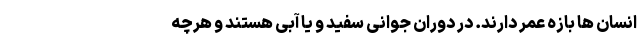
انسان ها بازه عمر دارند. در دوران جوانی سفید و یا آبی هستند و هرچه